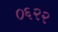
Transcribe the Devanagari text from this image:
०६२२